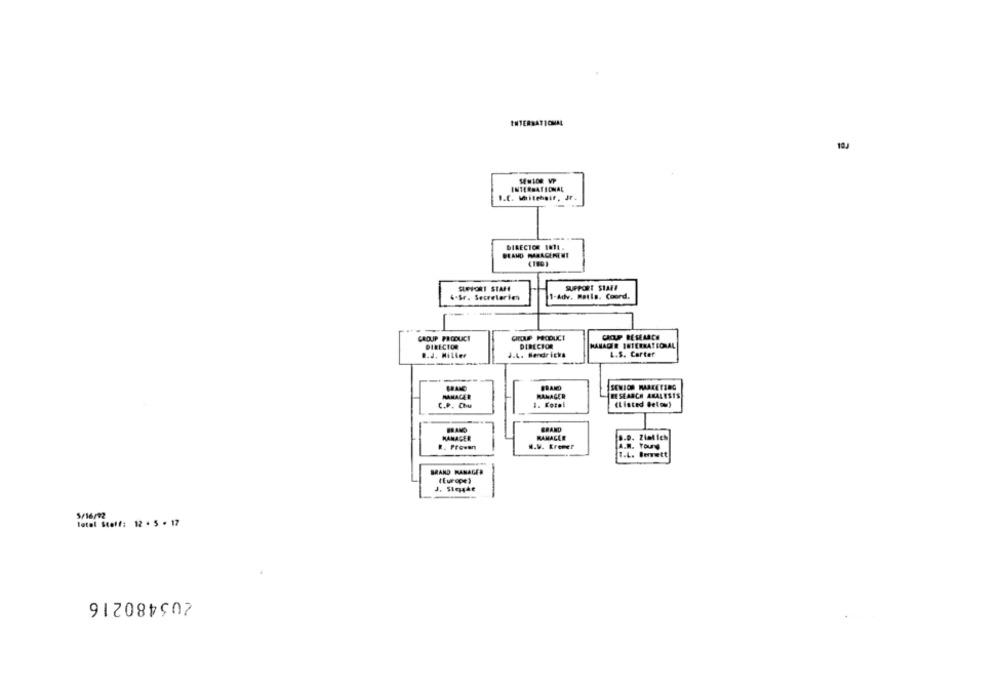
INTERNATIONAL
10,
INTERNATIONAL
I.C. Whitehair, Jr
DIRECTOR 1011 .
BLAND MARACERENI
SLEFORI STAF
SUPPORT STAFF
4.Sr. Secreterien
1-Adv. Matla. Coord.
GROUP FICOUCI
GROUP PRODUCT
CROUP RESEARCH
DIRECTOR
DIRECTOR
MANAGER INTERNATIONAL
L.S. Carter
R.J. Miller
J.4. Bendricks
BRAND
SENIOR MARKETING
MANAGER
MANAGER
RESEARCH ARALESTS
C.P. Chu
1. Kozel
(Listed below)
BRAND
GRAND
MANAGER
MANAGER
D.D. Zimlich
. Proven
W.W. Krever
A.M. Toung
T.L. Bemett
BRAND MANAGER
Total Steff: 12 . 5 . 17
205480216